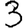
Digit: 3